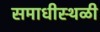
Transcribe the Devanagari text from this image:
समाधीस्थळी